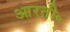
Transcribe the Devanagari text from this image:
आरती॰